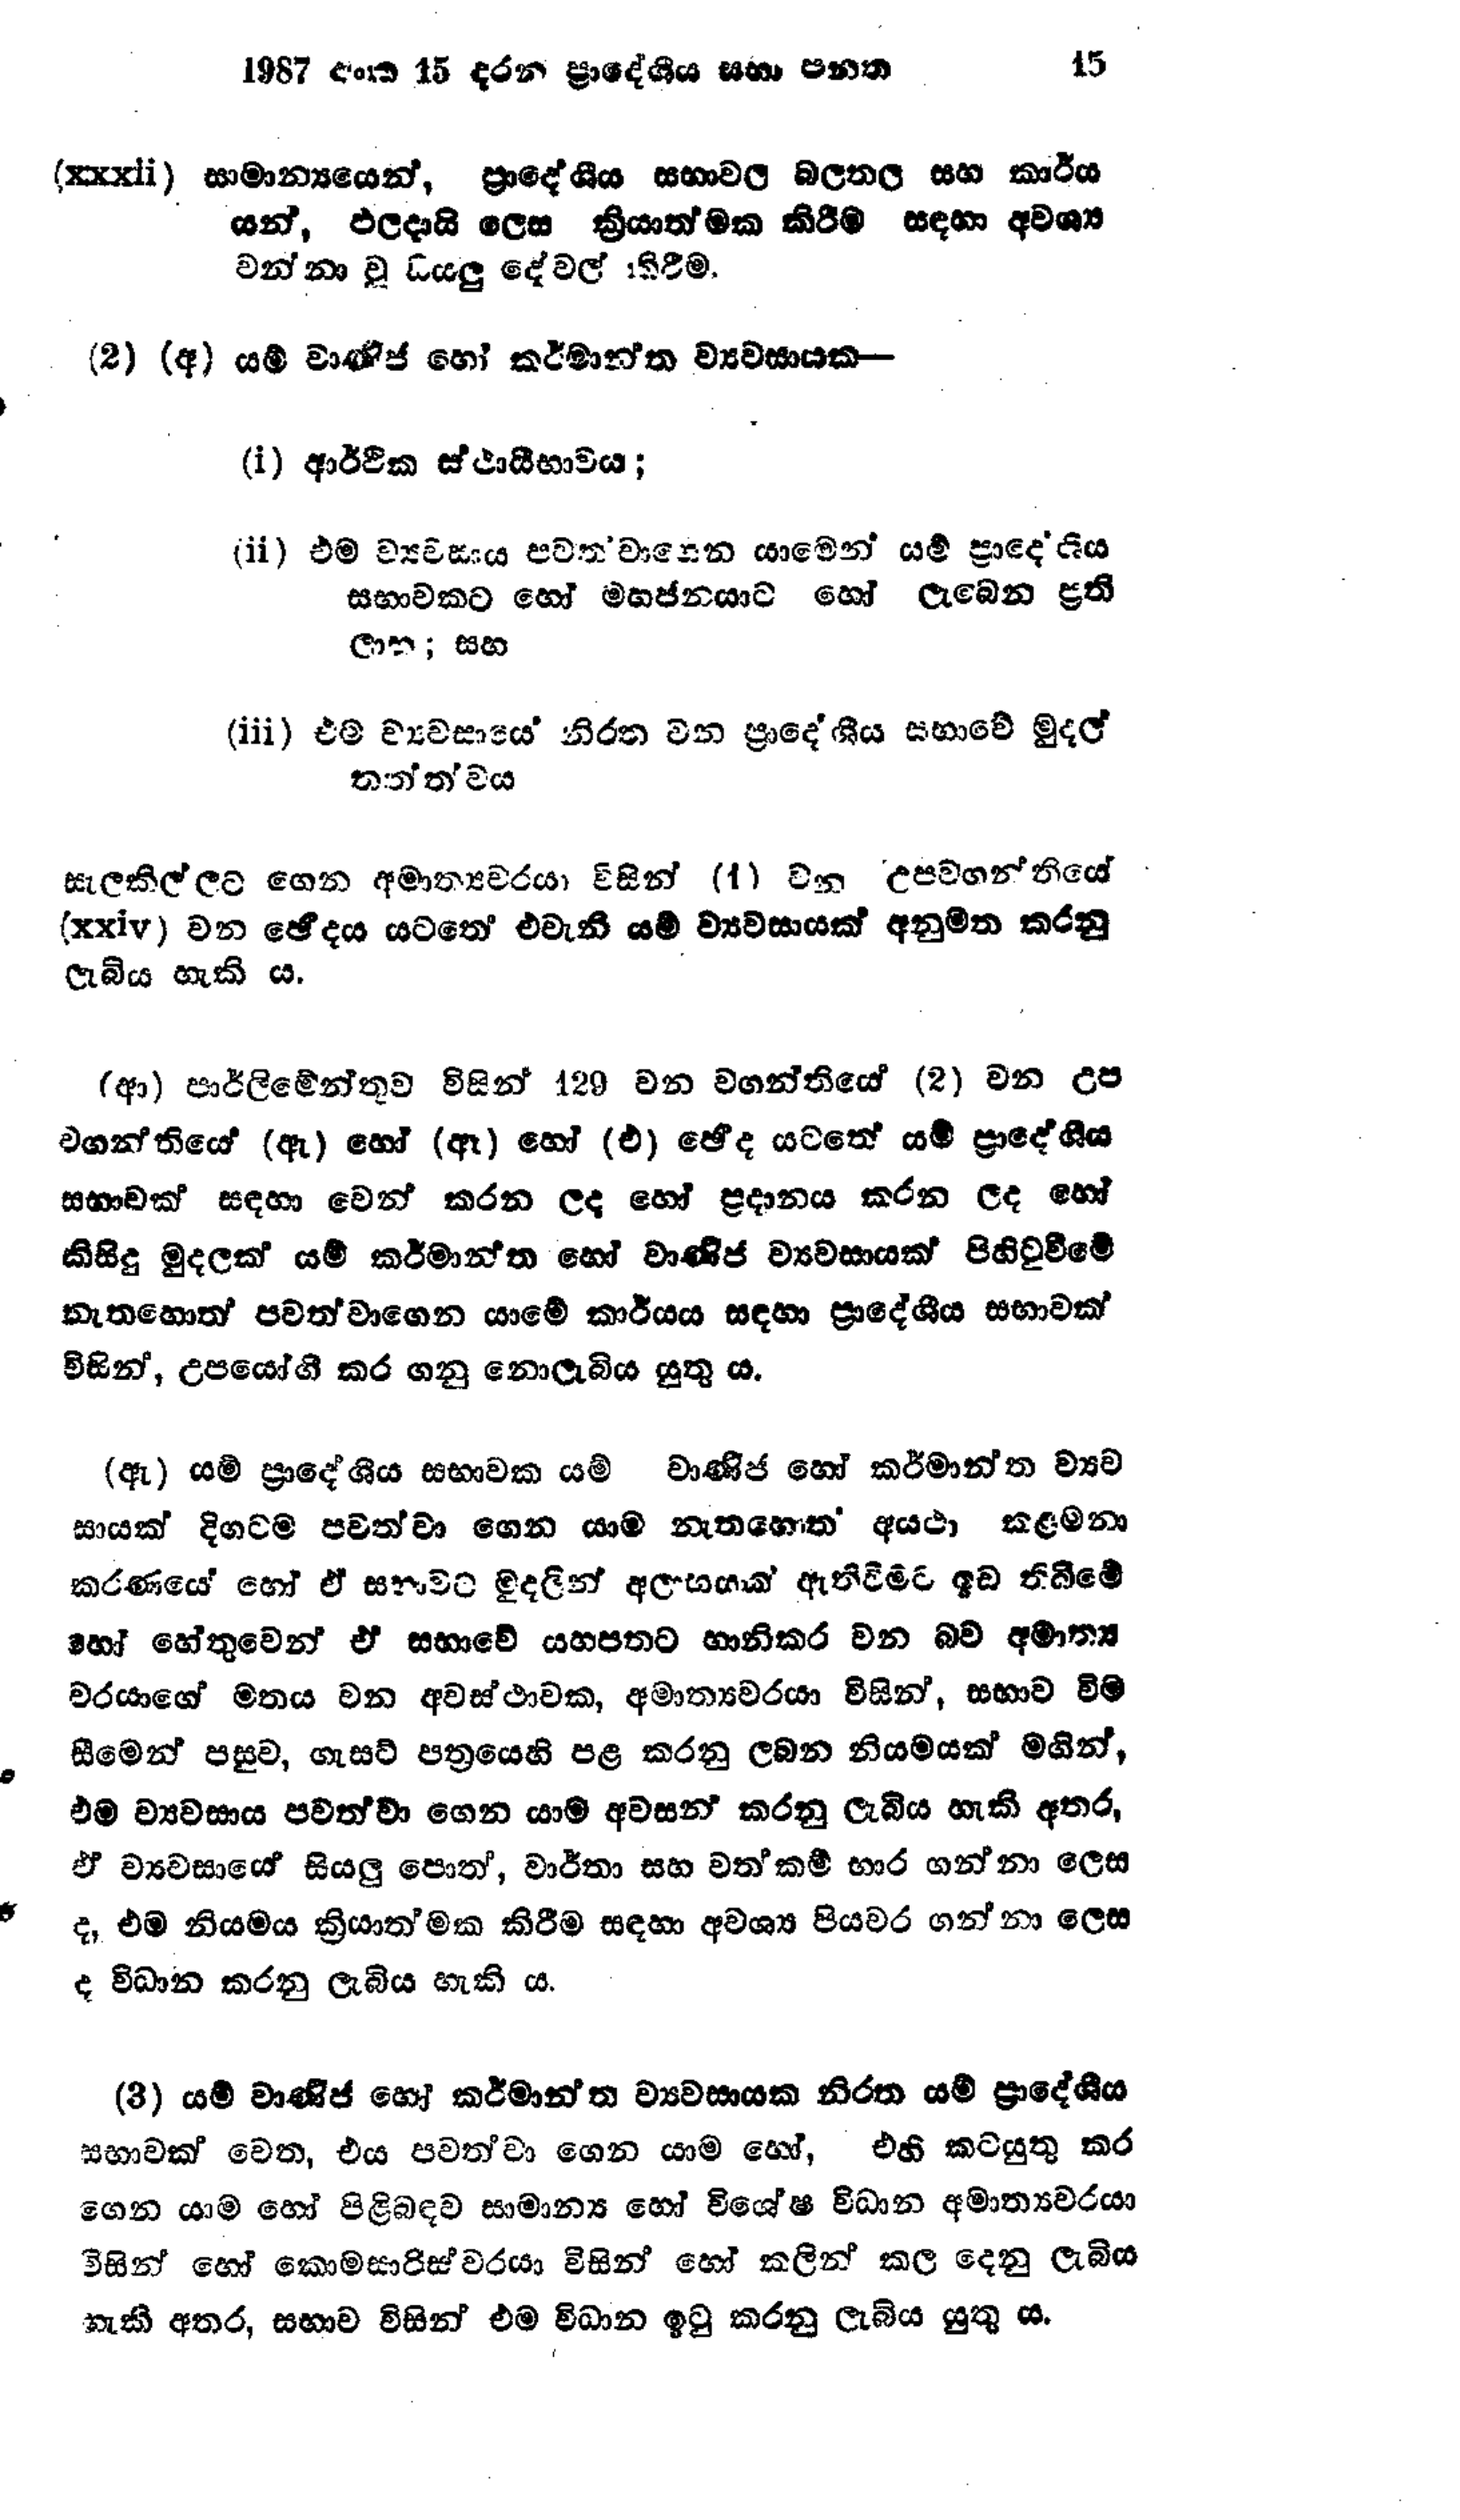
1987 අංක 15 දරන ප්‍රාදේශීය සභා පනත 15

(xxxii) සාමාන්‍යයෙන්, ප්‍රාදේශීය සභාවල බලතල සහ කාර්ය
යන්, ඵලදායි ලෙස ක්‍රියාත්මක කිරීම සඳහා අවශ්‍ය
වන්නා වූ සියලු දේවල් කිරීම.

(2) (අ) යම් වාණිජ හෝ කර්මාන්ත ව්‍යවසායක -

(i) ආර්ථික ස්ථායීභාවය;

(ii) එම ව්‍යවසාය පවත්වාගෙන යාමෙන් යම් ප්‍රාදේශීය
සභාවකට හෝ මහජනයාට හෝ ලැබෙන ප්‍රති
ලාභ; සහ

(iii) එම ව්‍යවසායේ නිරත වන ප්‍රාදේශීය සභාවේ මුදල්
තත්ත්වය

සැලකිල්ලට ගෙන අමාත්‍යවරයා විසින් (1) වන උපවගන්තියේ
(xxiv) වන ඡේදය යටතේ එවැනි යම් ව්‍යවසායක් අනුමත කරනු
ලැබිය හැකිය.

(ආ) පාර්ලිමේන්තුව විසින් 129 වන වගන්තියේ (2) වන උප
වගන්තියේ (ඇ) හෝ (ඈ) හෝ (එ) ඡේද යටතේ යම් ප්‍රාදේශීය
සභාවක් සඳහා වෙන් කරන ලද හෝ ප්‍රදානය කරන ලද හෝ
කිසිදු මුදලක් යම් කර්මාන්ත හෝ වාණිජ ව්‍යවසායක් පිහිටුවීමේ
නැතහොත් පවත්වාගෙන යාමේ කාර්යය සඳහා ප්‍රාදේශීය සභාවක්
විසින්, උපයෝගී කරගනු නොලැබිය යුතුය.

(ඇ) යම් ප්‍රාදේශීය සභාවක යම් වාණිජ හෝ කර්මාන්ත ව්‍යව
සායක් දිගටම පවත්වා ගෙන යාම නැතහොත් අයථා කළමනා
කරණයේ හෝ ඒ සභාවට මුදලින් අලාභයක් ඇති වීමට ඉඩ තිබිමේ
හෝ හේතුවෙන් ඒ සභාවේ යහපතට හානිකර වන බව අමාත්‍ය
වරයාගේ මතය වන අවස්ථාවක, අමාත්‍යවරයා විසින්, සභාව වීම
සීමෙන් පසුව, ගැසට් පත්‍රයෙහි පළ කරනු ලබන නියමයක් මගින්,
එම ව්‍යවසාය පවත්වා ගෙන යාම අවසන් කරනු ලැබිය හැකි අතර,
ඒ ව්‍යවසායේ සියලු පොත්, වාර්තා සහ වත් කම් භාර ගන්නා ලෙස
ද, එම නියමය ක්‍රියාත්මක කිරීම සඳහා අවශ්‍ය පියවර ගන්නා ලෙස
ද විධාන කරනු ලැබිය හැකි ය.

(3) යම් වාණිජ හෝ කර්මාන්ත ව්‍යවසායක නිරත යම් ප්‍රාදේශීය
සභාවක් වෙත, එය පවත්වා ගෙන යාම හෝ, එහි කටයුතු කර
ගෙන යාම හෝ පිළිබඳව සාමාන්‍ය හෝ විශේෂ විධාන අමාත්‍යවරයා
විසින් හෝ කොමසාරිස්වරයා විසින් හෝ කලින් කල දෙනු ලැබිය
හැකි අතර, සභාව විසින් එම විධාන ඉටු කරනු ලැබිය යුතු ය.